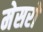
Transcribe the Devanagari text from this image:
मेसरों